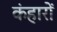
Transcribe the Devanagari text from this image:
कंहारों